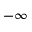
- \infty